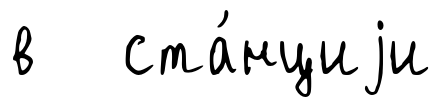
в ста́нциjи